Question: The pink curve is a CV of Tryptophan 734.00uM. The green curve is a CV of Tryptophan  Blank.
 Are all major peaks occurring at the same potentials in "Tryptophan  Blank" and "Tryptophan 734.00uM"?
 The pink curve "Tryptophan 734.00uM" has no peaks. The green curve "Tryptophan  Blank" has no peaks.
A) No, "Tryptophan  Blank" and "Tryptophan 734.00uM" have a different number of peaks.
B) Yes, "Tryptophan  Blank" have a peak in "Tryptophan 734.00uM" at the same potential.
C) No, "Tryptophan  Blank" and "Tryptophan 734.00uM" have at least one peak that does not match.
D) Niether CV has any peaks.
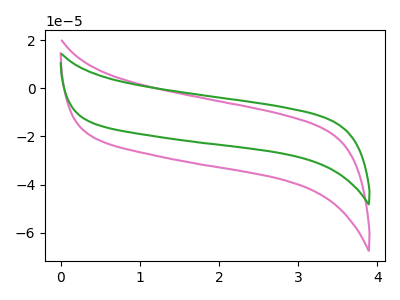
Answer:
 <answer>D) Niether CV has any peaks.</answer>
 <eval>D</eval>